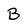
Character: B